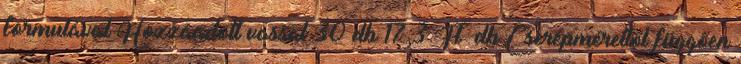
formulával Hozzáadott vassal 30 db 17,3 Ft db Cserépmérettől függően